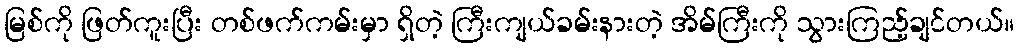
မြစ်ကို ဖြတ်ကူးပြီး တစ်ဖက်ကမ်းမှာ ရှိတဲ့ ကြီးကျယ်ခမ်းနားတဲ့ အိမ်ကြီးကို သွားကြည့်ချင်တယ်။